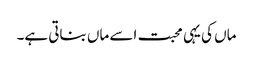
ماں کی یہی محبت اسے ماں بناتی ہے۔